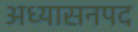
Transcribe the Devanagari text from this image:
अध्यासनपद